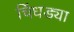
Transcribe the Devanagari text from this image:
चिंधड्या